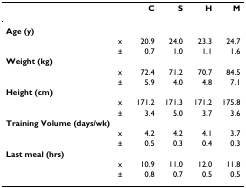
<table><thead><tr><td></td><td></td><td><b>C</b></td><td><b>S</b></td><td><b>H</b></td><td><b>M</b></td></tr></thead><tbody><tr><td colspan="6"><b>Age (y)</b></td></tr><tr><td></td><td>x</td><td>20.9</td><td>24.0</td><td>23.3</td><td>24.7</td></tr><tr><td></td><td>±</td><td>0.7</td><td>1.0</td><td>1.1</td><td>1.6</td></tr><tr><td colspan="6"><b>Weight (kg)</b></td></tr><tr><td></td><td>x</td><td>72.4</td><td>71.2</td><td>70.7</td><td>84.5</td></tr><tr><td></td><td>±</td><td>5.9</td><td>4.0</td><td>4.8</td><td>7.1</td></tr><tr><td colspan="6"><b>Height (cm)</b></td></tr><tr><td></td><td>x</td><td>171.2</td><td>171.3</td><td>171.2</td><td>175.8</td></tr><tr><td></td><td>±</td><td>3.4</td><td>5.0</td><td>3.7</td><td>3.6</td></tr><tr><td colspan="6"><b>Training Volume (days/wk)</b></td></tr><tr><td></td><td>x</td><td>4.2</td><td>4.2</td><td>4.1</td><td>3.7</td></tr><tr><td></td><td>±</td><td>0.5</td><td>0.3</td><td>0.4</td><td>0.3</td></tr><tr><td colspan="6"><b>Last meal (hrs)</b></td></tr><tr><td></td><td>x</td><td>10.9</td><td>11.0</td><td>12.0</td><td>11.8</td></tr><tr><td></td><td>±</td><td>0.8</td><td>0.7</td><td>0.5</td><td>0.5</td></tr></tbody></table>